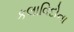
કલાવિદોના